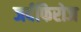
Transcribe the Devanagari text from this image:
जर्दफिरोज